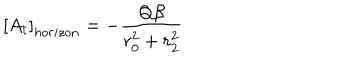
\left[ A _ { t } \right] _ { h o r i z o n } = - \frac { Q \beta } { r _ { 0 } ^ { 2 } + r _ { 2 } ^ { 2 } }